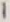
Text: 1